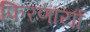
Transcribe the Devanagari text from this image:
फिरणार्या